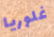
غلوريا